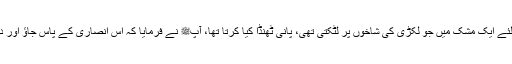
ایک انصار ی مرد تھا جو رسول اللہﷺ کے لئے ایک مشک میں جو لکڑی کی شاخوں پر لٹکتی تھی، پانی ٹھنڈا کیا کرتا تھا، آپﷺ نے فرمایا کہ اس انصاری کے پاس جاؤ اور دیکھو، کیا اس کی مشک میں کچھ پانی ہے ؟